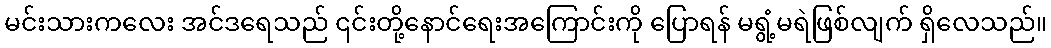
မင်းသားကလေး အင်ဒရေသည် ၎င်းတို့နောင်ရေးအကြောင်းကို ပြောရန် မရွံ့မရဲဖြစ်လျက် ရှိလေသည်။